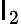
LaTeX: \mathsf{I}_{2}